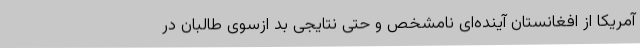
آمریکا از افغانستان آینده‌ای نامشخص و حتی نتایجی بد ازسوی طالبان در